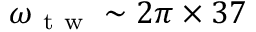
\omega _ { \mathrm { ~ t ~ w ~ } } \sim 2 \pi \times 3 7